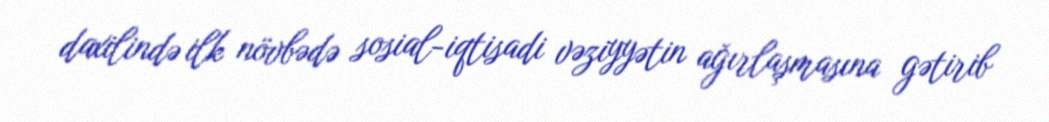
daxilində ilk növbədə sosial-iqtisadi vəziyyətin ağırlaşmasına gətirib